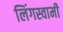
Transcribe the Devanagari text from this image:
लिंगस्वामी